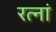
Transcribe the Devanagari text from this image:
रत्‍नां